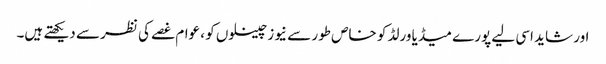
اور شاید اسی لیے پورے میڈیا ورلڈ کو خاص طور سے نیوز چینلوں کو ، عوام غصے کی نظر سے دیکھتے ہیں۔